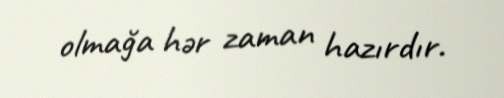
olmağa hər zaman hazırdır.